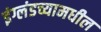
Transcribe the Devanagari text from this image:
इंग्लंडच्यामधील